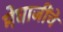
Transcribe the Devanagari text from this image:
मेघाजींचे